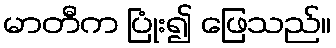
မာတီက ပြုံး၍ ဖြေသည်။